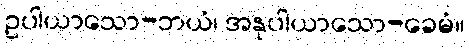
ဥပါယာသော-ဘယံ၊ အနုပါယာသော-ခေမံ။